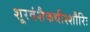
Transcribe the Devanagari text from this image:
शूरवंशैकधीश्शौरिः